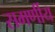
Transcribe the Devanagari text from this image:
समर्णीय